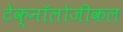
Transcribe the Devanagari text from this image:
टेक्नॉलोजीकल